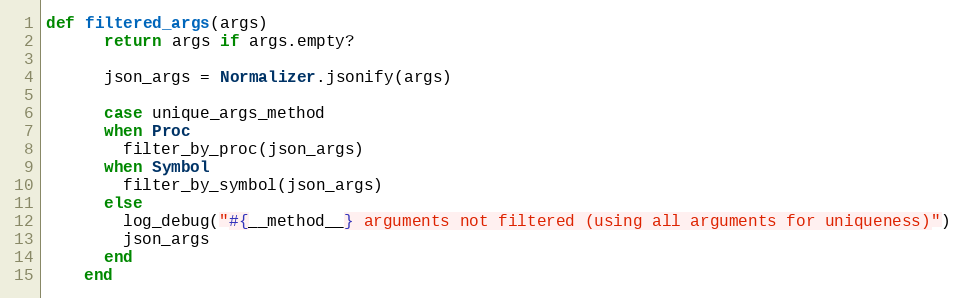
Language: Ruby
def filtered_args(args)
      return args if args.empty?

      json_args = Normalizer.jsonify(args)

      case unique_args_method
      when Proc
        filter_by_proc(json_args)
      when Symbol
        filter_by_symbol(json_args)
      else
        log_debug("#{__method__} arguments not filtered (using all arguments for uniqueness)")
        json_args
      end
    end